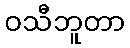
ဝသီဘူတာ